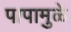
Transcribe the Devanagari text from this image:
पापामुळे